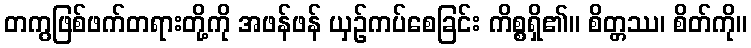
တကွဖြစ်ဖက်တရားတို့ကို အဖန်ဖန် ယှဉ်ကပ်စေခြင်း ကိစ္စရှိ၏။ စိတ္တဿ၊ စိတ်ကို။